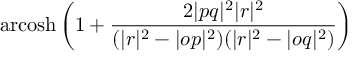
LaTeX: \operatorname { a r c o s h } \left( 1 + { \frac { 2 | p q | ^ { 2 } | r | ^ { 2 } } { ( | r | ^ { 2 } - | o p | ^ { 2 } ) ( | r | ^ { 2 } - | o q | ^ { 2 } ) } } \right)